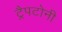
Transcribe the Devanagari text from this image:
ट्रैपटोनी